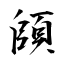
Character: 頧